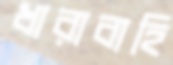
ধারাবাহি